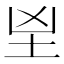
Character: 𡉰